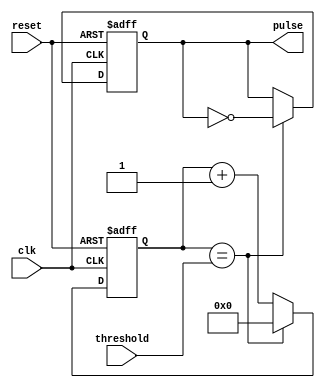
module duty_cycle_pulsgen (
    input wire clk,
    input wire reset,
    input wire threshold,
    output reg pulse
);

reg [7:0] counter;

always @(posedge clk or posedge reset) begin
    if (reset) begin
        counter <= 8'b0;
        pulse <= 1'b0;
    end else begin
        if (counter == threshold) begin
            pulse <= ~pulse;
            counter <= 8'b0;
        end else begin
            counter <= counter + 1;
        end
    end
end

endmodule